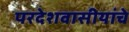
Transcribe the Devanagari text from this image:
परदेशवासीयांचे